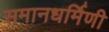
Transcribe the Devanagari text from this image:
समानधर्मिणी